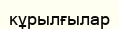
кұрылғылар